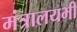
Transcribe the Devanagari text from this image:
मंत्रालयभी